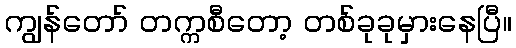
ကျွန်တော် တက္ကစီတော့ တစ်ခုခုမှားနေပြီ။